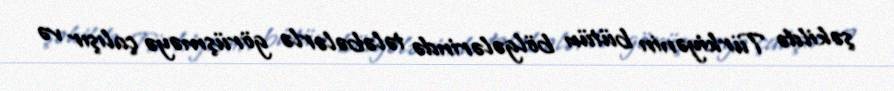
şəkildə Türkiyənin bütün bölgələrində tələbələrlə görüşməyə çalışır və